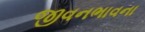
જીવનભાવના